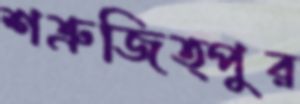
শত্রুজিত্পুর